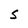
Character: S